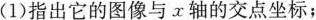
(1)指出它的图像与x轴的交点坐标；